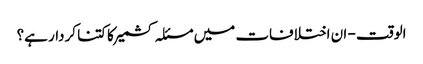
الوقت - ان اختلافات میں مسئلہ کشمیر کا کتنا کردار ہے؟